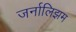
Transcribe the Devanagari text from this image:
जर्नालिझम